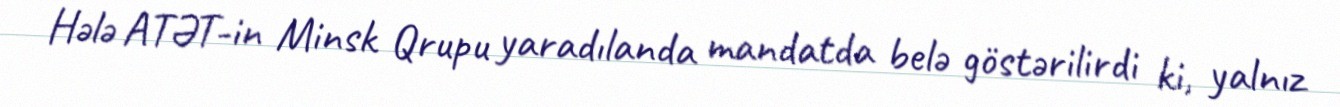
Hələ ATƏT-in Minsk Qrupu yaradılanda mandatda belə göstərilirdi ki, yalnız